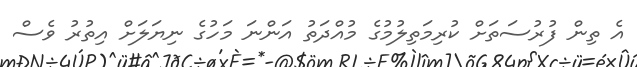
އެ ތިން ފުރުސަތަށް ކުރިމަތިލުމުގެ މުއްދަތު އަންނަ މަހުގެ ނިޔަލަށް އިތުރު ވެސް